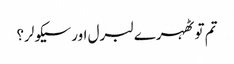
تم تو ٹھہرے لبرل اور سیکولر؟